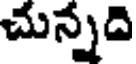
చున్నది